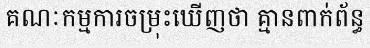
គណៈកម្មការចម្រុះឃើញថា គ្មានពាក់ព័ន្ធ